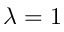
\lambda = 1